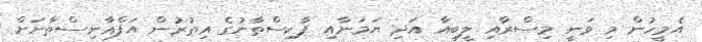
އެމީހުން މި ވަނީ މިސްރާއި ލީބިއާ އަދި ޔަމަނާއި ޕާކިސްތާނުގެ އިތުރުން އަފްޣާނިސްތާނަށް